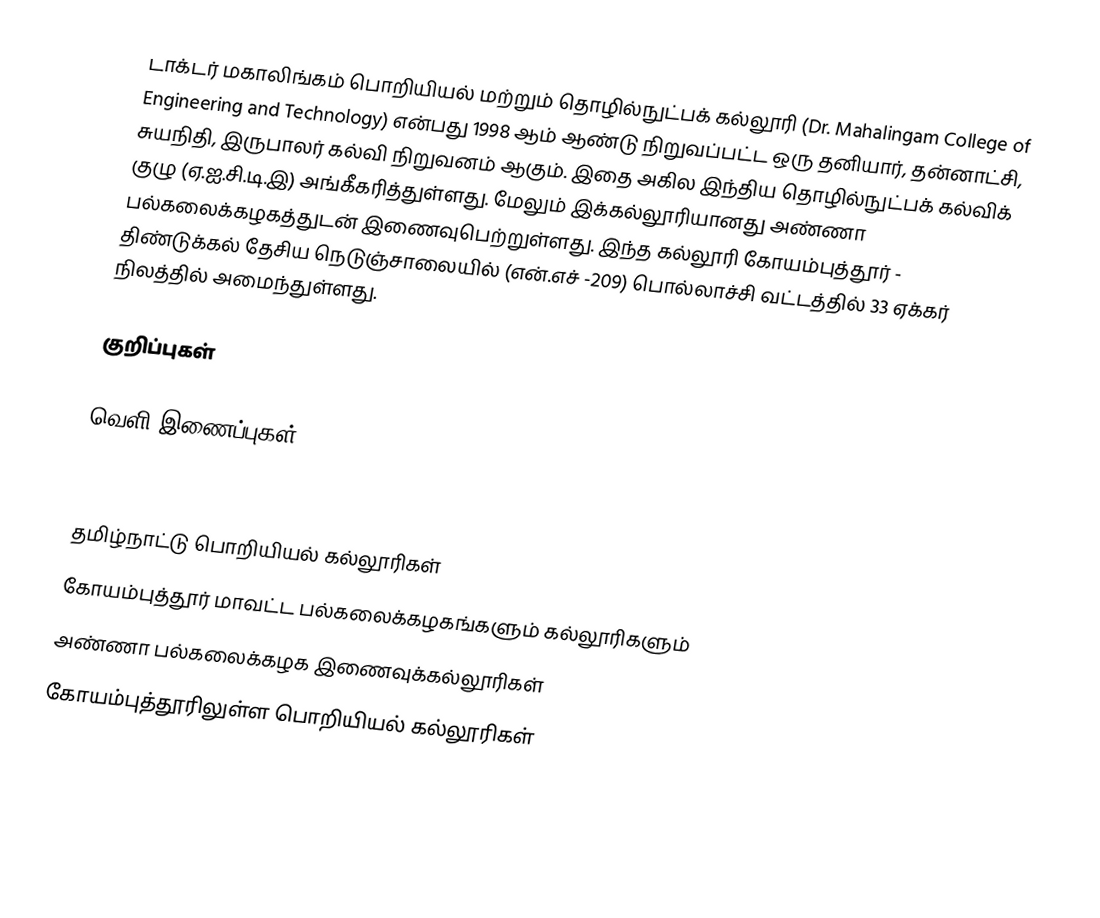
டாக்டர் மகாலிங்கம் பொறியியல் மற்றும் தொழில்நுட்பக் கல்லூரி (Dr. Mahalingam College of Engineering and Technology) என்பது 1998 ஆம் ஆண்டு நிறுவப்பட்ட ஒரு தனியார், தன்னாட்சி, சுயநிதி, இருபாலர் கல்வி நிறுவனம் ஆகும். இதை அகில இந்திய தொழில்நுட்பக் கல்விக் குழு  (ஏ.ஐ.சி.டி.இ) அங்கீகரித்துள்ளது. மேலும் இக்கல்லூரியானது அண்ணா பல்கலைக்கழகத்துடன் இணைவுபெற்றுள்ளது.  இந்த கல்லூரி கோயம்புத்தூர் - திண்டுக்கல் தேசிய நெடுஞ்சாலையில் (என்.எச் -209) பொல்லாச்சி வட்டத்தில் 33 ஏக்கர் நிலத்தில் அமைந்துள்ளது.

குறிப்புகள்

வெளி இணைப்புகள்

தமிழ்நாட்டு பொறியியல் கல்லூரிகள்
கோயம்புத்தூர் மாவட்ட பல்கலைக்கழகங்களும் கல்லூரிகளும்
அண்ணா பல்கலைக்கழக இணைவுக்கல்லூரிகள்
கோயம்புத்தூரிலுள்ள பொறியியல் கல்லூரிகள்